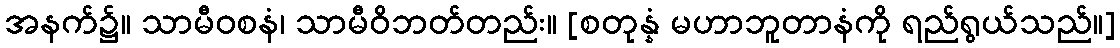
အနက်၌။ သာမီဝစနံ၊ သာမီဝိဘတ်တည်း။ [စတုန္နံ မဟာဘူတာနံကို ရည်ရွယ်သည်။]